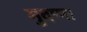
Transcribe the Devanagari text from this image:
मुदप्पा